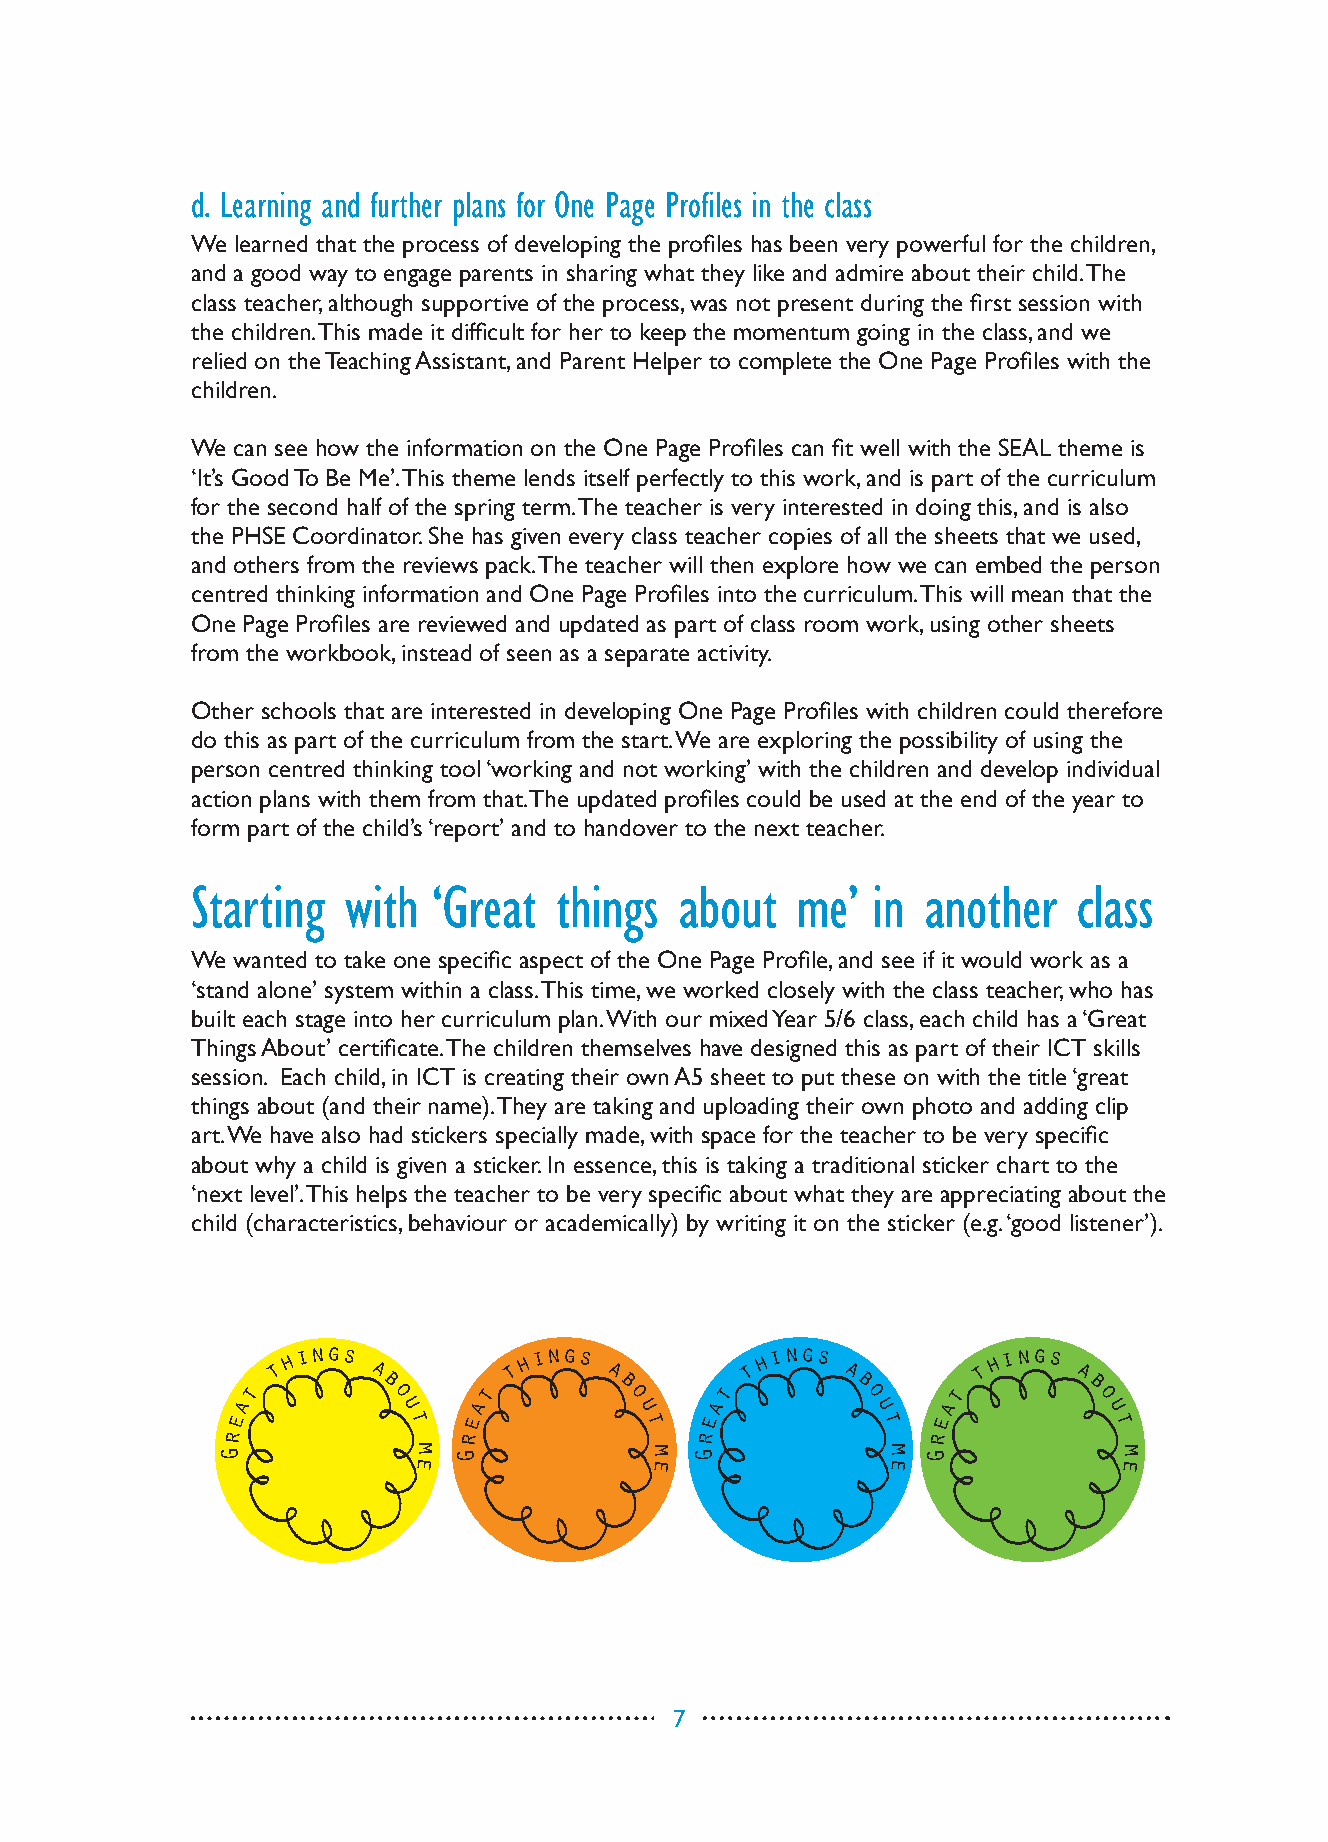
d. Learning and further plans for One Page Profiles in the class
 We learned that the process of developing the profiles has been very powerful for the children,
 and a good way to engage parents in sharing what they like and admire about their child. The
 class teacher, although supportive of the process, was not present during the first session with
 the children. This made it difficult for her to keep the momentum going in the class, and we
 relied on the Teaching Assistant, and Parent Helper to complete the One Page Profiles with the
 children.
 We can see how the information on the One Page Profiles can fit well with the SEAL theme is
 ‘It’s Good To Be Me’. This theme lends itself perfectly to this work, and is part of the curriculum
 for the second half of the spring term. The teacher is very interested in doing this, and is also
 the PHSE Coordinator. She has given every class teacher copies of all the sheets that we used,
 and others from the reviews pack. The teacher will then explore how we can embed the person
 centred thinking information and One Page Profiles into the curriculum. This will mean that the
 One Page Profiles are reviewed and updated as part of class room work, using other sheets
 from the workbook, instead of seen as a separate activity.
 Other schools that are interested in developing One Page Profiles with children could therefore
 do this as part of the curriculum from the start. We are exploring the possibility of using the
 person centred thinking tool ‘working and not working’ with the children and develop individual
 action plans with them from that. The updated profiles could be used at the end of the year to
 form part of the child’s ‘report’ and to handover to the next teacher.
 Starting  with  ‘Great  things  about   me’  in another   class
 We wanted to take one specific aspect of the One Page Profile, and see if it would work as a
 ‘stand alone’ system within a class. This time, we worked closely with the class teacher, who has
 built each stage into her curriculum plan. With our mixed Year 5/6 class, each child has a ‘Great
 Things About’ certificate. The children themselves have designed this as part of their ICT skills
 session. Each child, in ICT is creating their own A5 sheet to put these on with the title ‘great
 things about (and their name). They are taking and uploading their own photo and adding clip
 art. We have also had stickers specially made, with space for the teacher to be very specific
 about why a child is given a sticker. In essence, this is taking a traditional sticker chart to the
 ‘next level’. This helps the teacher to be very specific about what they are appreciating about the
 child (characteristics, behaviour or academically) by writing it on the sticker (e.g. ‘good listener’).
 at
 t h ings a
 b o
 u
 at
 t h ings a
 b o
 u
 at
 t h ings a
 b o
 u
 at
 t h ings a
 b o
 u
 e           t   e          t   e           t   e          t
 r              r               r              r
 G           m e G           m e G           m e G          m e
 7